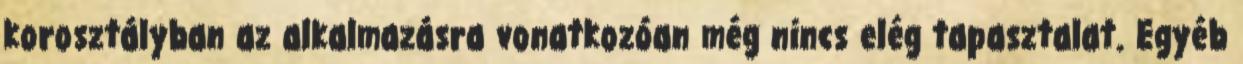
korosztályban az alkalmazásra vonatkozóan még nincs elég tapasztalat. Egyéb